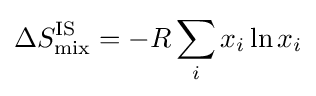
\Delta S_{\text{mix}}^{\text{IS}}=-R\sum _{i}x_{i}\ln x_{i}